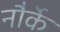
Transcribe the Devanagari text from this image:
नौर्के